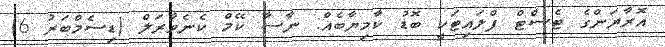
އޮރާޔަންގެ ޓެސްޓް ފްލައިޓަކީ ބޮޑު ކާމިޔާބެއް: ނާސާ ކޭމް ކެނެވާރަލް (ޑިސެމްބަރު 6)